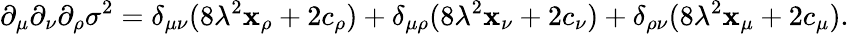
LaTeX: \partial_{\mu}\partial_{\nu}\partial_{\rho}\sigma^{2}=\delta_{\mu\nu}(8\lambda^{2}\mathbf{x}_{\rho}+2c_{\rho})+\delta_{\mu\rho}(8\lambda^{2}\mathbf{x}_{\nu}+2c_{\nu})+\delta_{\rho\nu}(8\lambda^{2}\mathbf{x}_{\mu}+2c_{\mu}).